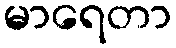
မာရေတာ